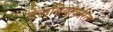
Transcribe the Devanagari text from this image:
तेलबियांकरिता